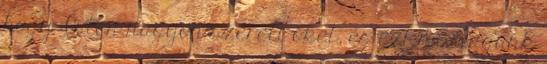
hogy Isten nagyon szereti őket, és ezt mi magunk